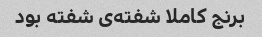
برنج کاملا شفته‌ی شفته بود